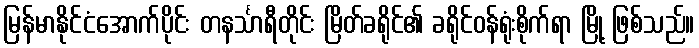
မြန်မာနိုင်ငံအောက်ပိုင်း တနင်္သာရီတိုင်း မြိတ်ခရိုင်၏ ခရိုင်ဝန်ရုံးစိုက်ရာ မြို့ ဖြစ်သည်။